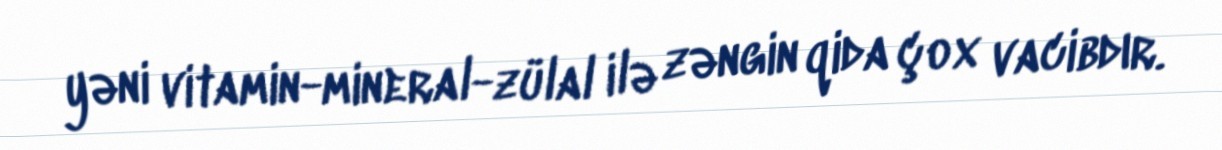
yəni vitamin-mineral-zülal ilə zəngin qida çox vacibdır.